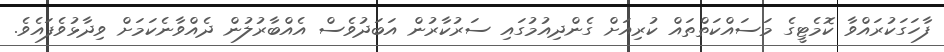
ފާހަގަކުރައްވާ ކޮމެޓީގެ މަސައްކަތްތައް ކުރިއަށް ގެންދިއުމުގައި ސަރުކާރުން އަބަދުވެސް އެއްބާރުލުން ދެއްވާނެކަމަށް ވިދާޅުވެފައެވެ.